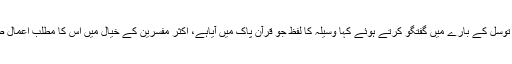
مولانا محمدعثمان نے توسل کے بارے میں گفتگو کرتے ہوئے کہا وسیلہ کا لفظ جو قرآن پاک میں آیاہے، اکثر مفسرین کے خیال میں اس کا مطلب اعمال صالحہ اور عبادات ہے۔